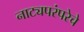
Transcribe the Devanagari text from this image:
नाट्यपरंपरेचे